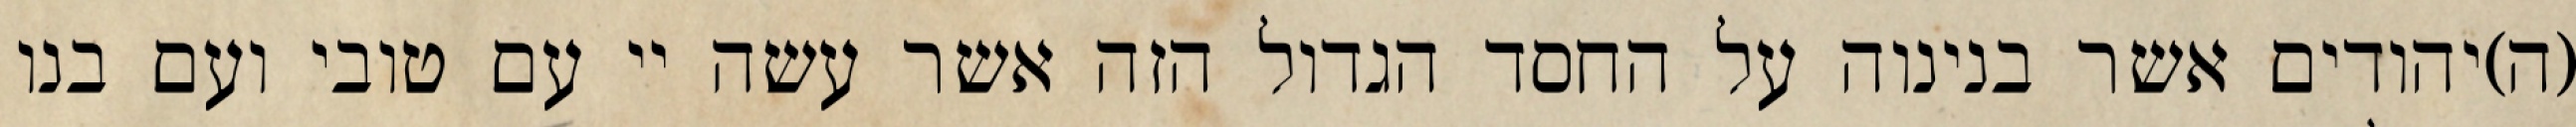
(ה)יהודים אשר בנינוה על החסד הגדול הזה אשר עשה יי עם טובי ועם בנו